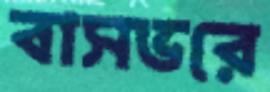
বাসভরে